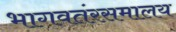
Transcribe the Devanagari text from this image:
भागवतंरसमालय